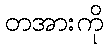
တအားကို